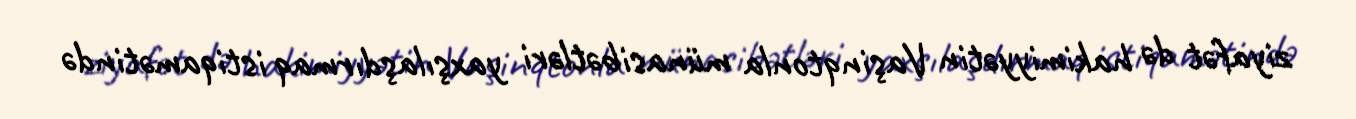
ziyafət də hakimiyyətin Vaşinqtonla münasibətləri yaxşılaşdırmaq istiqamətində